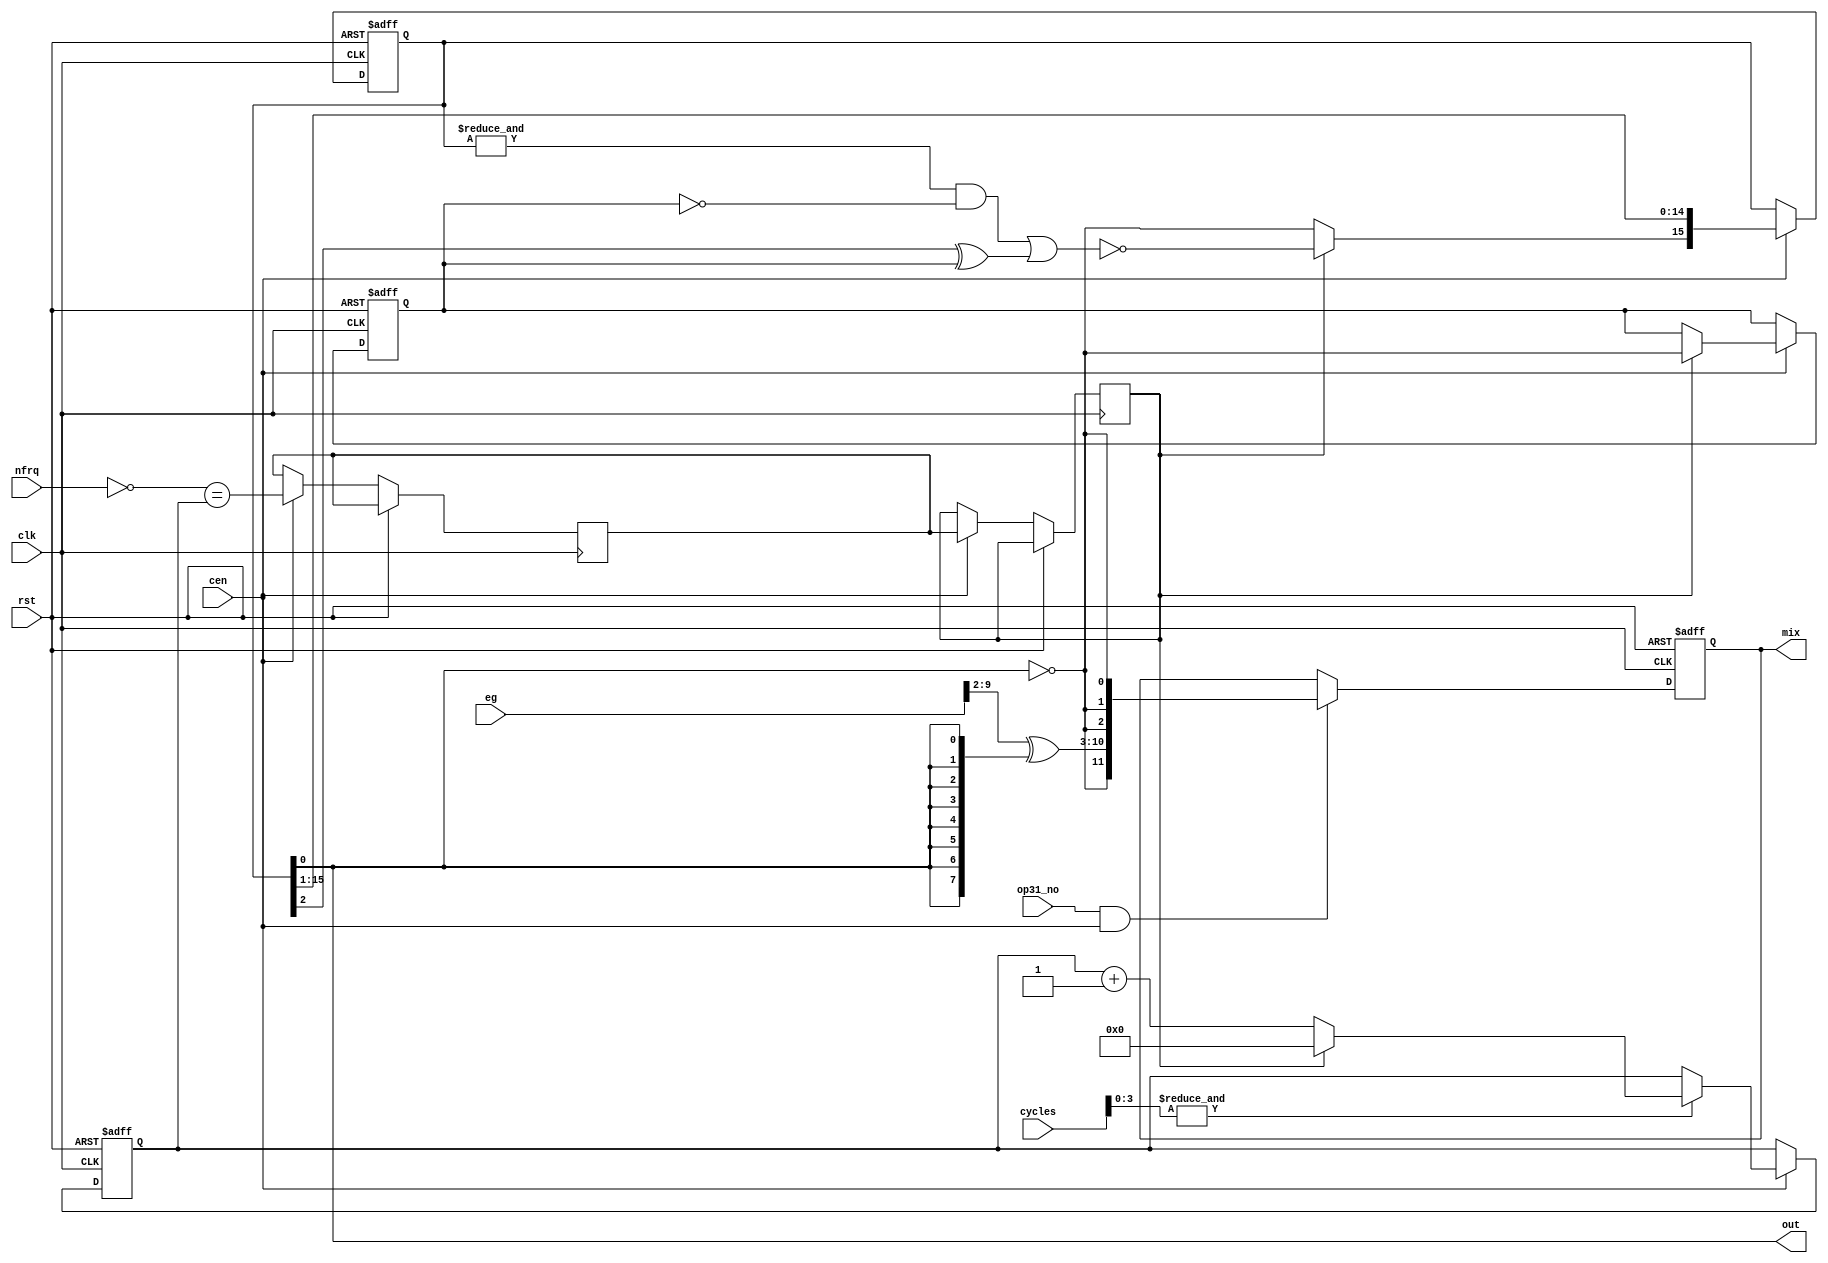
module jt51_noise(
    input             rst,
    input             clk,
    input             cen,    
    input      [ 4:0] cycles,
    input      [ 4:0] nfrq,
    input      [ 9:0] eg,     
    input             op31_no,
    output            out,
    output reg [11:0] mix
);
reg         update, nfrq_met;
reg  [ 4:0] cnt;
reg  [15:0] lfsr;
reg         last_lfsr0;
wire        all1, fb;
wire        mix_sgn;
assign out = lfsr[0];
always @(posedge clk, posedge rst) begin
    if( rst ) begin
        cnt  <= 5'b0;
    end else if(cen) begin
        if( &cycles[3:0] ) begin
            cnt <= update ? 5'd0 : (cnt+5'd1);
        end
        update   <= nfrq_met;
        nfrq_met <= ~nfrq == cnt;
    end
end
assign fb   = update ? ~((all1 & ~last_lfsr0) | (lfsr[2]^last_lfsr0))
                     : ~lfsr[0];
assign all1 = &lfsr;
always @(posedge clk, posedge rst) begin
    if( rst ) begin
        lfsr       <= 16'hffff;
        last_lfsr0 <= 1'b0;
    end else if(cen) begin
        lfsr       <= { fb, lfsr[15:1] };
        if(update) last_lfsr0 <= ~lfsr[0];
    end
end
assign mix_sgn =  ~out;
always @(posedge clk, posedge rst) begin
    if( rst ) begin
        mix <= 12'd0;
    end else if( op31_no && cen ) begin
        mix     <= { mix_sgn, eg[9:2] ^ {8{out}}, {3{mix_sgn}} };
    end
end
endmodule